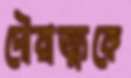
দৌরাত্ম্যকে